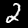
Digit: 2